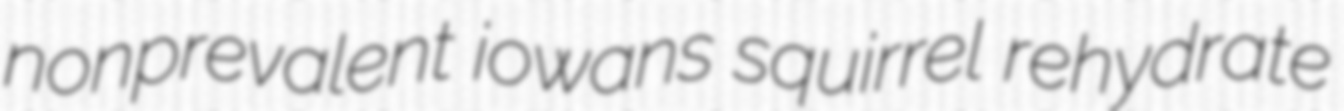
nonprevalent iowans squirrel rehydrate